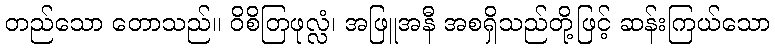
တည်သော တောသည်။ ဝိစိတြဖုလ္လံ၊ အဖြူအနီ အစရှိသည်တို့ဖြင့် ဆန်းကြယ်သော